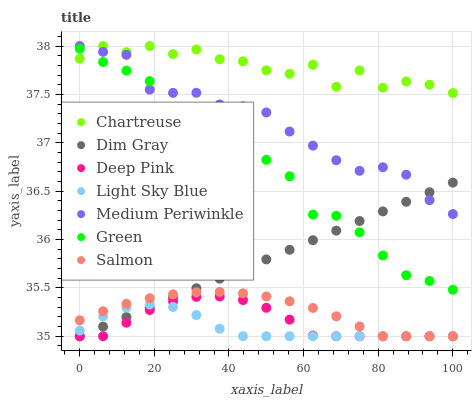
| xaxis_label | Chartreuse | Dim Gray | Deep Pink | Light Sky Blue | Medium Periwinkle | Green | Salmon |
 | --- | --- | --- | --- | --- | --- | --- | --- |
 | 0 | 37.9 | 35 | 35 | 35.1 | 38 | 38 | 35.2 |
 | 6.25 | 38 | 35.1 | 35 | 35.2 | 37.9 | 37.8 | 35.3 |
 | 12.5 | 37.9 | 35.2 | 35.1 | 35.3 | 37.9 | 37.7 | 35.3 |
 | 18.8 | 38 | 35.3 | 35.3 | 35.3 | 37.5 | 37.6 | 35.4 |
 | 25 | 37.9 | 35.4 | 35.4 | 35.3 | 37.5 | 37.3 | 35.4 |
 | 31.2 | 38 | 35.5 | 35.4 | 35.2 | 37.5 | 37.3 | 35.5 |
 | 37.5 | 37.9 | 35.6 | 35.4 | 35.1 | 37.4 | 37.1 | 35.5 |
 | 43.8 | 37.8 | 35.7 | 35.4 | 35 | 37.4 | 36.7 | 35.4 |
 | 50 | 37.7 | 35.8 | 35.3 | 35 | 37.3 | 36.8 | 35.4 |
 | 56.2 | 37.7 | 35.9 | 35.2 | 35 | 37.1 | 36.7 | 35.4 |
 | 62.5 | 37.8 | 36 | 35 | 35 | 37 | 36.3 | 35.3 |
 | 68.8 | 37.6 | 36.1 | 35 | 35 | 36.8 | 36.2 | 35.2 |
 | 75 | 37.7 | 36.2 | 35 | 35 | 36.7 | 36.1 | 35.1 |
 | 81.2 | 37.6 | 36.3 | 35 | 35 | 36.7 | 35.8 | 35 |
 | 87.5 | 37.6 | 36.4 | 35 | 35 | 36.7 | 35.6 | 35 |
 | 93.8 | 37.6 | 36.5 | 35 | 35 | 36.4 | 35.6 | 35 |
 | 100 | 37.5 | 36.6 | 35 | 35 | 36.3 | 35.5 | 35 |